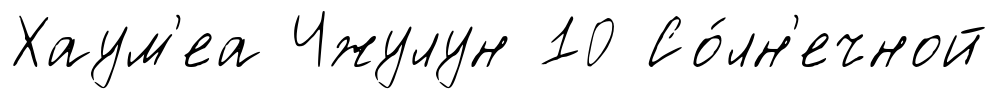
Хаум'еа Чжулун 10 Со́лн'ечной